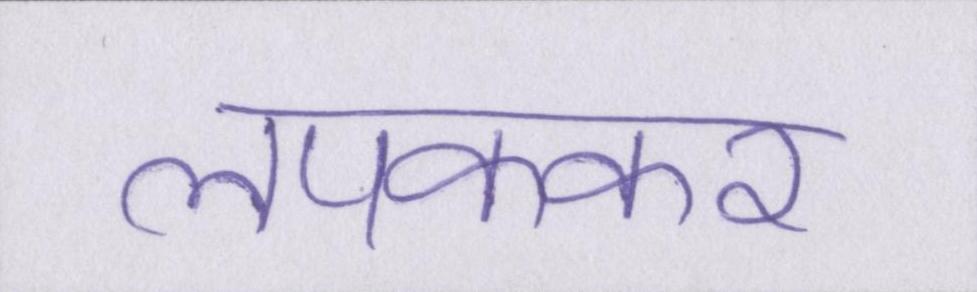
लपककर